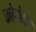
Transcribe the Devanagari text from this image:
कोटोका